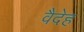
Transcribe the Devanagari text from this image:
वैदेह